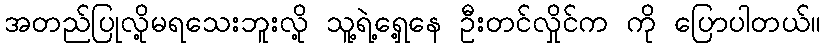
အတည်ပြုလို့မရသေးဘူးလို့ သူ့ရဲ့ရှေ့နေ ဦးတင်လှိုင်က ကို ပြောပါတယ်။